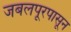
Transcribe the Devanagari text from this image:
जबलपूरपासून